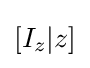
\left[I_{z}|z\right]